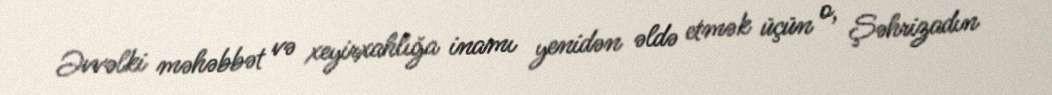
Əvvəlki məhəbbət və xeyirxahlığa inamı yenidən əldə etmək üçün o, Şəhrizadın